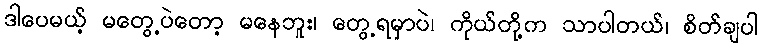
ဒါပေမယ့် မတွေ့ပဲတော့ မနေဘူး၊ တွေ့ရမှာပဲ၊ ကိုယ်တို့က သာပါတယ်၊ စိတ်ချပါ